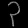
Digit: ၃